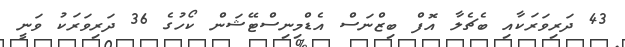
43 ދަރިވަރަކާއި ބެޗެލާ އޮފް ބިޒްނަސް އެޑްމިނިސްޓޭޝަން ކޯހުގެ 36 ދަރިވަރަކު ވަނީ